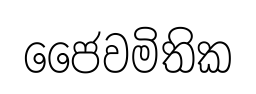
ජෛවමිතික